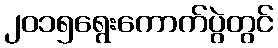
၂၀၁၅ရွေးကောက်ပွဲတွင်